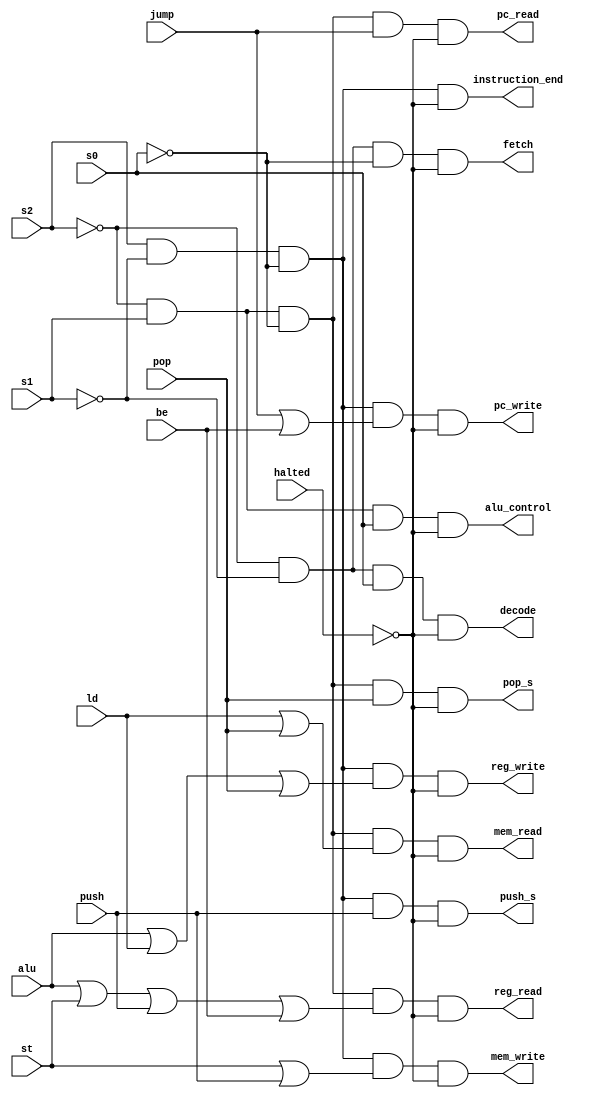
module signal_generator(
    input halted, alu, ld, st, push, pop, jump, be, s2, s1, s0,
    output instruction_end, fetch, decode, alu_control, reg_read, reg_write, mem_read, mem_write, pc_read, pc_write, push_s, pop_s);

    assign instruction_end = s2 & (~s1) & (~s0) & (~halted);
    assign fetch = (~s2) & (~s1) & (~s0) & (~halted);
    assign decode = (~s2) & (~s1) & s0 & (~halted);
    assign alu_control = (~s2) & s1 & s0 & (~halted);
    assign reg_read = (~s2) & s1 & (~s0) & (alu | st | push | be) & (~halted);
    assign reg_write = s2 & (~s1) & (~s0) & (alu | ld | pop) & (~halted);
    assign mem_read = (~s2) & s1 & (~s0) & (ld | pop) & (~halted);
    assign mem_write = s2 & (~s1) & (~s0) & (st | push) & (~halted);
    assign pc_read = (~s2) & s1 & (~s0) & jump & (~halted);
    assign pc_write = s2 & (~s1) & (~s0) & (jump | be) & (~halted);
    assign push_s = s2 & (~s1) & (~s0) & push & (~halted);
    assign pop_s = (~s2) & s1 & (~s0) & pop & (~halted);
endmodule